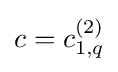
c=c_{1,q}^{(2)}